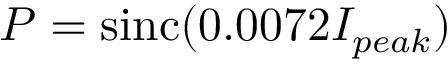
P = \mathrm { s i n c } ( 0 . 0 0 7 2 I _ { p e a k } )